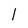
Character: l